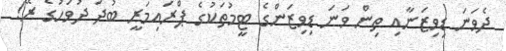
ދެވަނަ ޑިވިޒަނާއި ތިން ވަނަ ޑިވިޒަންގެ ޓީމުތަކުގެ ޕްރައިމަރީ ބުދަ ދުވަހުގެ ރޭ!